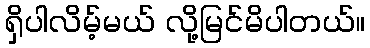
ရှိပါလိမ့်မယ် လို့မြင်မိပါတယ်။